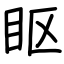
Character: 眍